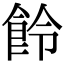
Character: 𩚹